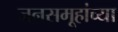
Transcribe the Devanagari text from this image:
जनसमूहांच्या